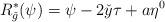
LaTeX: \begin{align*}R_{\check{g}}^*(\psi)=\psi-2\check{y}\tau+a\eta^0 \end{align*}